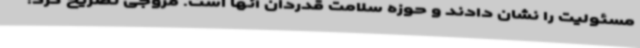
مسئولیت را نشان دادند و حوزه سلامت قدردان آنها است. مروجی تصریح کرد: